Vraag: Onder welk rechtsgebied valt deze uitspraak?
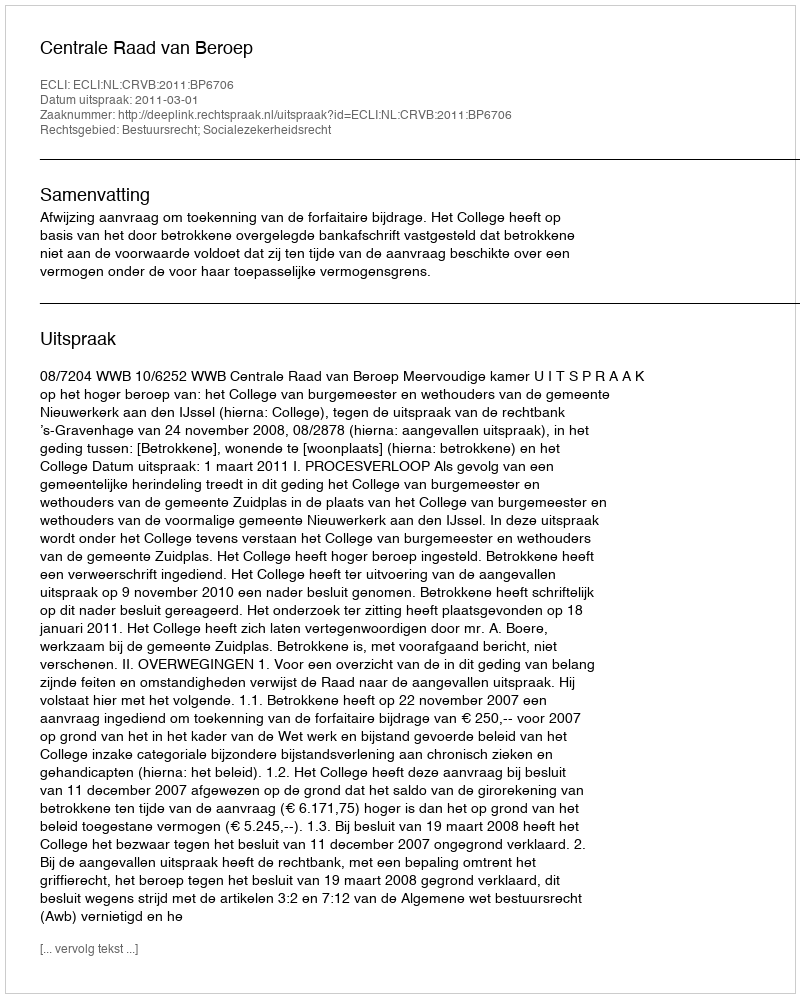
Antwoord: Bestuursrecht; Socialezekerheidsrecht